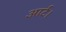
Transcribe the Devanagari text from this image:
आर्ट।